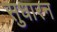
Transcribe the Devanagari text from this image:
सुधारन